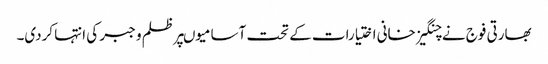
بھارتی فوج نے چنگیز خانی اختیارات کے تحت آسامیوںپر ظلم و جبر کی انتہا کردی۔